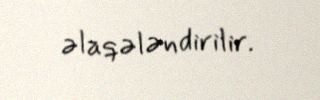
əlaqələndirilir.